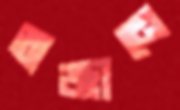
অজ্ঞানে